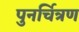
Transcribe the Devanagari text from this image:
पुनर्चित्रण